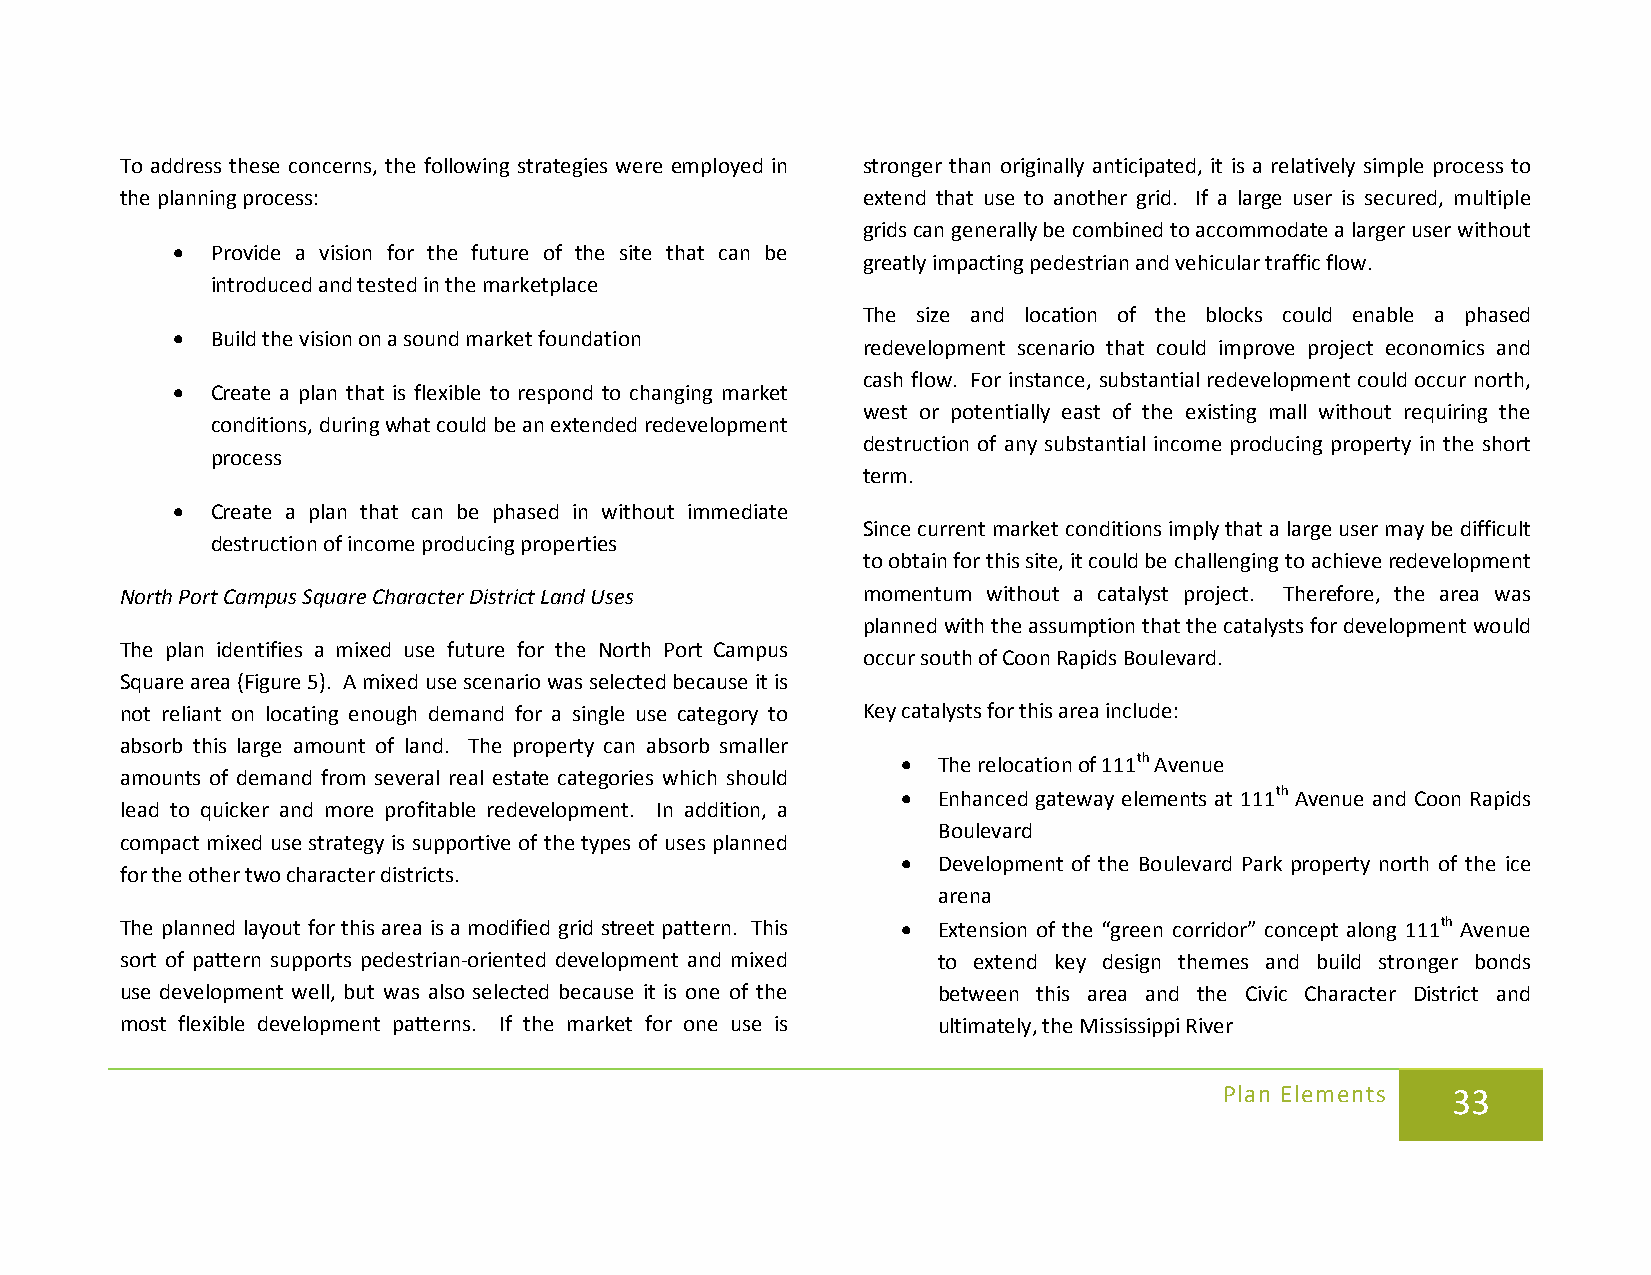
To address these concerns, the following strategies were employed in stronger than originally anticipated, it is a relatively simple process to
 the planning process:                            extend that use to another grid. If a large user is secured, multiple
 grids can generally be combined to accommodate a larger user without
 •  Provide a vision for the future of the site that can be
 greatly impacting pedestrian and vehicular traffic flow.
 introduced and tested in the marketplace
 The size and location of the blocks could enable a phased
 •  Build the vision on a sound market foundation
 redevelopment scenario that could improve project economics and
 cash flow. For instance, substantial redevelopment could occur north,
 •  Create a plan that is flexible to respond to changing market
 west or potentially east of the existing mall without requiring the
 conditions, during what could be an extended redevelopment
 destruction of any substantial income producing property in the short
 process
 term.
 •  Create a plan that can be phased in without immediate
 Since current market conditions imply that a large user may be difficult
 destruction of income producing properties
 to obtain for this site, it could be challenging to achieve redevelopment
 North Port Campus Square Character District Land Uses momentum without a catalyst project. Therefore, the area was
 planned with the assumption that the catalysts for development would
 The plan identifies a mixed use future for the North Port Campus
 occur south of Coon Rapids Boulevard.
 Square area (Figure 5). A mixed use scenario was selected because it is
 not reliant on locating enough demand for a single use category to Key catalysts for this area include:
 absorb this large amount of land. The property can absorb smaller
 • The relocation of 111th Avenue
 amounts of demand from several real estate categories which should
 • Enhanced gateway elements at 111th Avenue and Coon Rapids
 lead to quicker and more profitable redevelopment. In addition, a
 Boulevard
 compact mixed use strategy is supportive of the types of uses planned
 • Development of the Boulevard Park property north of the ice
 for the other two character districts.
 arena
 The planned layout for this area is a modified grid street pattern. This • Extension of the “green corridor” concept along 111th Avenue
 sort of pattern supports pedestrian-oriented development and mixed to extend key design themes and build stronger bonds
 use development well, but was also selected because it is one of the between this area and the Civic Character District and
 most flexible development patterns. If the market for one use is ultimately, the Mississippi River
 Plan Elements  33